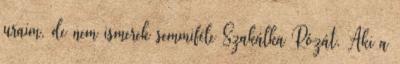
uraim, de nem ismerek semmiféle Szakálka Rózát. Aki a